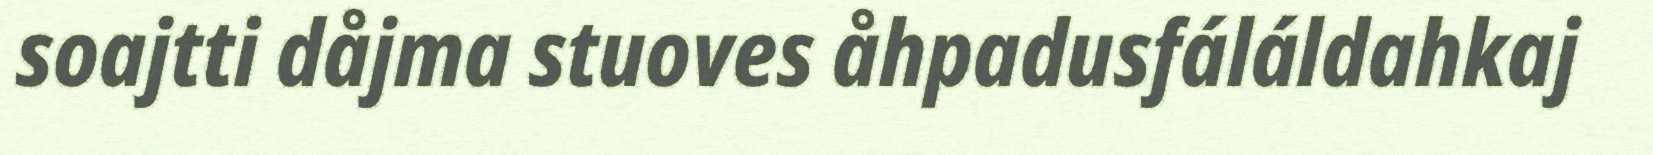
soajtti dåjma stuoves åhpadusfáláldahkaj